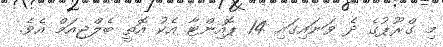
މި ގްރޫޕުގެ ދެ ވަނައިގައި 14 ޕޮއިންޓާ އެކު އޮތީ ބެލްޖިއަމް އެވެ.